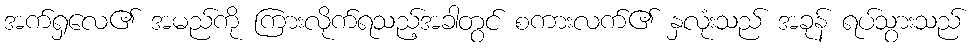
အက်ရှလေ၏ အမည်ကို ကြားလိုက်ရသည့်အခါတွင် စကားလက်၏ နှလုံးသည် အခုန် ရပ်သွားသည်